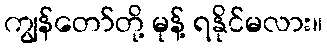
ကျွန်တော်တို့ မုန့် ရနိုင်မလား။